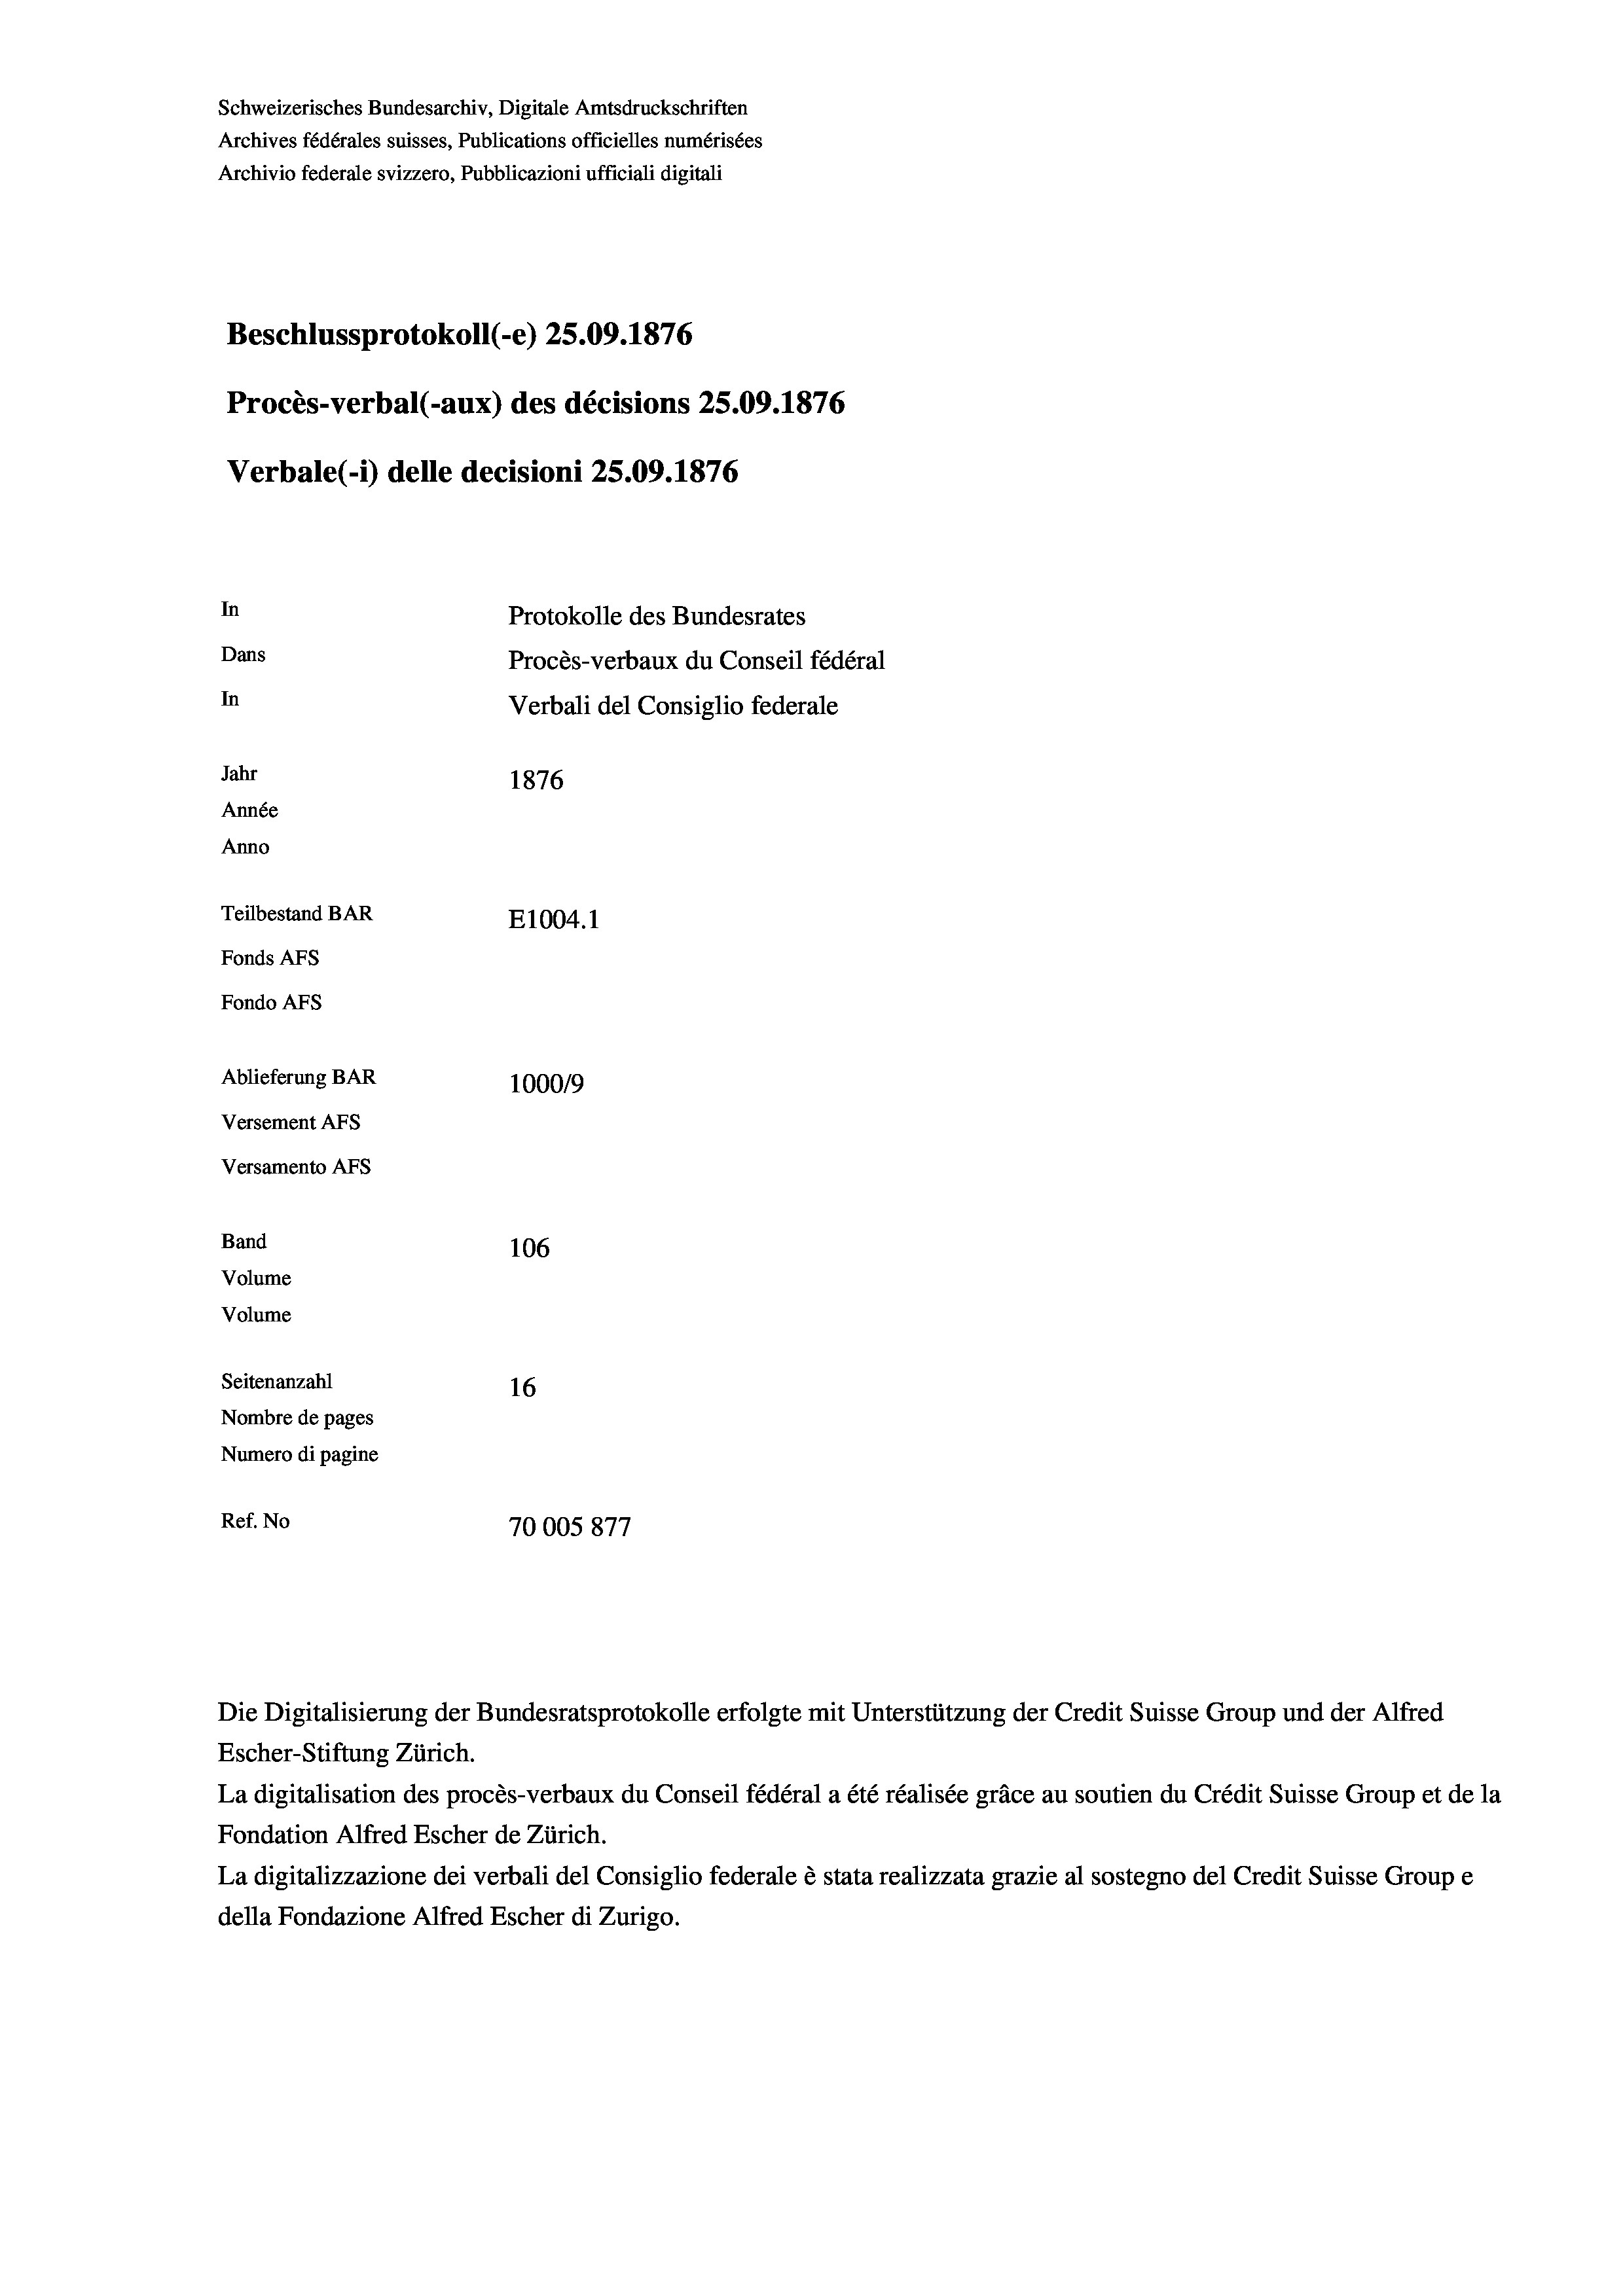
Schweizerisches Bundesarchiv, Digitale Amtsdruckschriften
Archives fédérales suisses, Publications officielles numérisées
Archivio federale svizzero, Pubblicazioni ufficiali digitali
Beschlussprotokoll (-e) 25.09. 1876
Procès-verbal (-aux) des décisions 25.09. 1876
Verbale(1) delle decisioni 25.09. 1876
In
Protokolle des Bundesrates
Dans
Procès-verbaux du Conseil fédéral
In
Verbali del Consiglio federale
Jahr
1876
Année
Anno
Teilbestand BAR
E1004. 1
Fonds AFs
Fondo AFs
Ablieferung BAR
100019
Versement AFS
Versamento AFs
Band
106
Volume
Volume

Seitenanzahl
16
Nombre de pages
Numero di pagine
Ref. No
70005877

Escher-Stiftung Zürich.
La digitalisation des procès-verbaux du Conseil fédéral a été réalisée gräce au soutien du Crédit Suisse Group et de la
Fondation Alfred Escher de Zürich.
La digitalizzazione dei verbali del Consiglio federale è stata realizzata grazie al sostegno del Credit Suisse Groupe
della Fondazione Alfred Escher di Zurigo.

Die Digitalisierung der Bundesratsprotokolle erfolgte mit Unterstützung der Credit Suisse Group und der Alfred